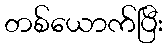
တစ်ယောက်ပြီး